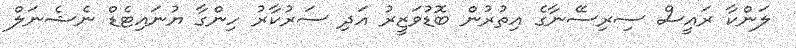
ލަންކާ ރައީސް ސިރިސޭނާގެ އިތުރުން ބޮޑުވަޒީރު އަދި ސަރުކާރު ހިންގާ ޔުނައިޓެޑް ނެޝެނަލް